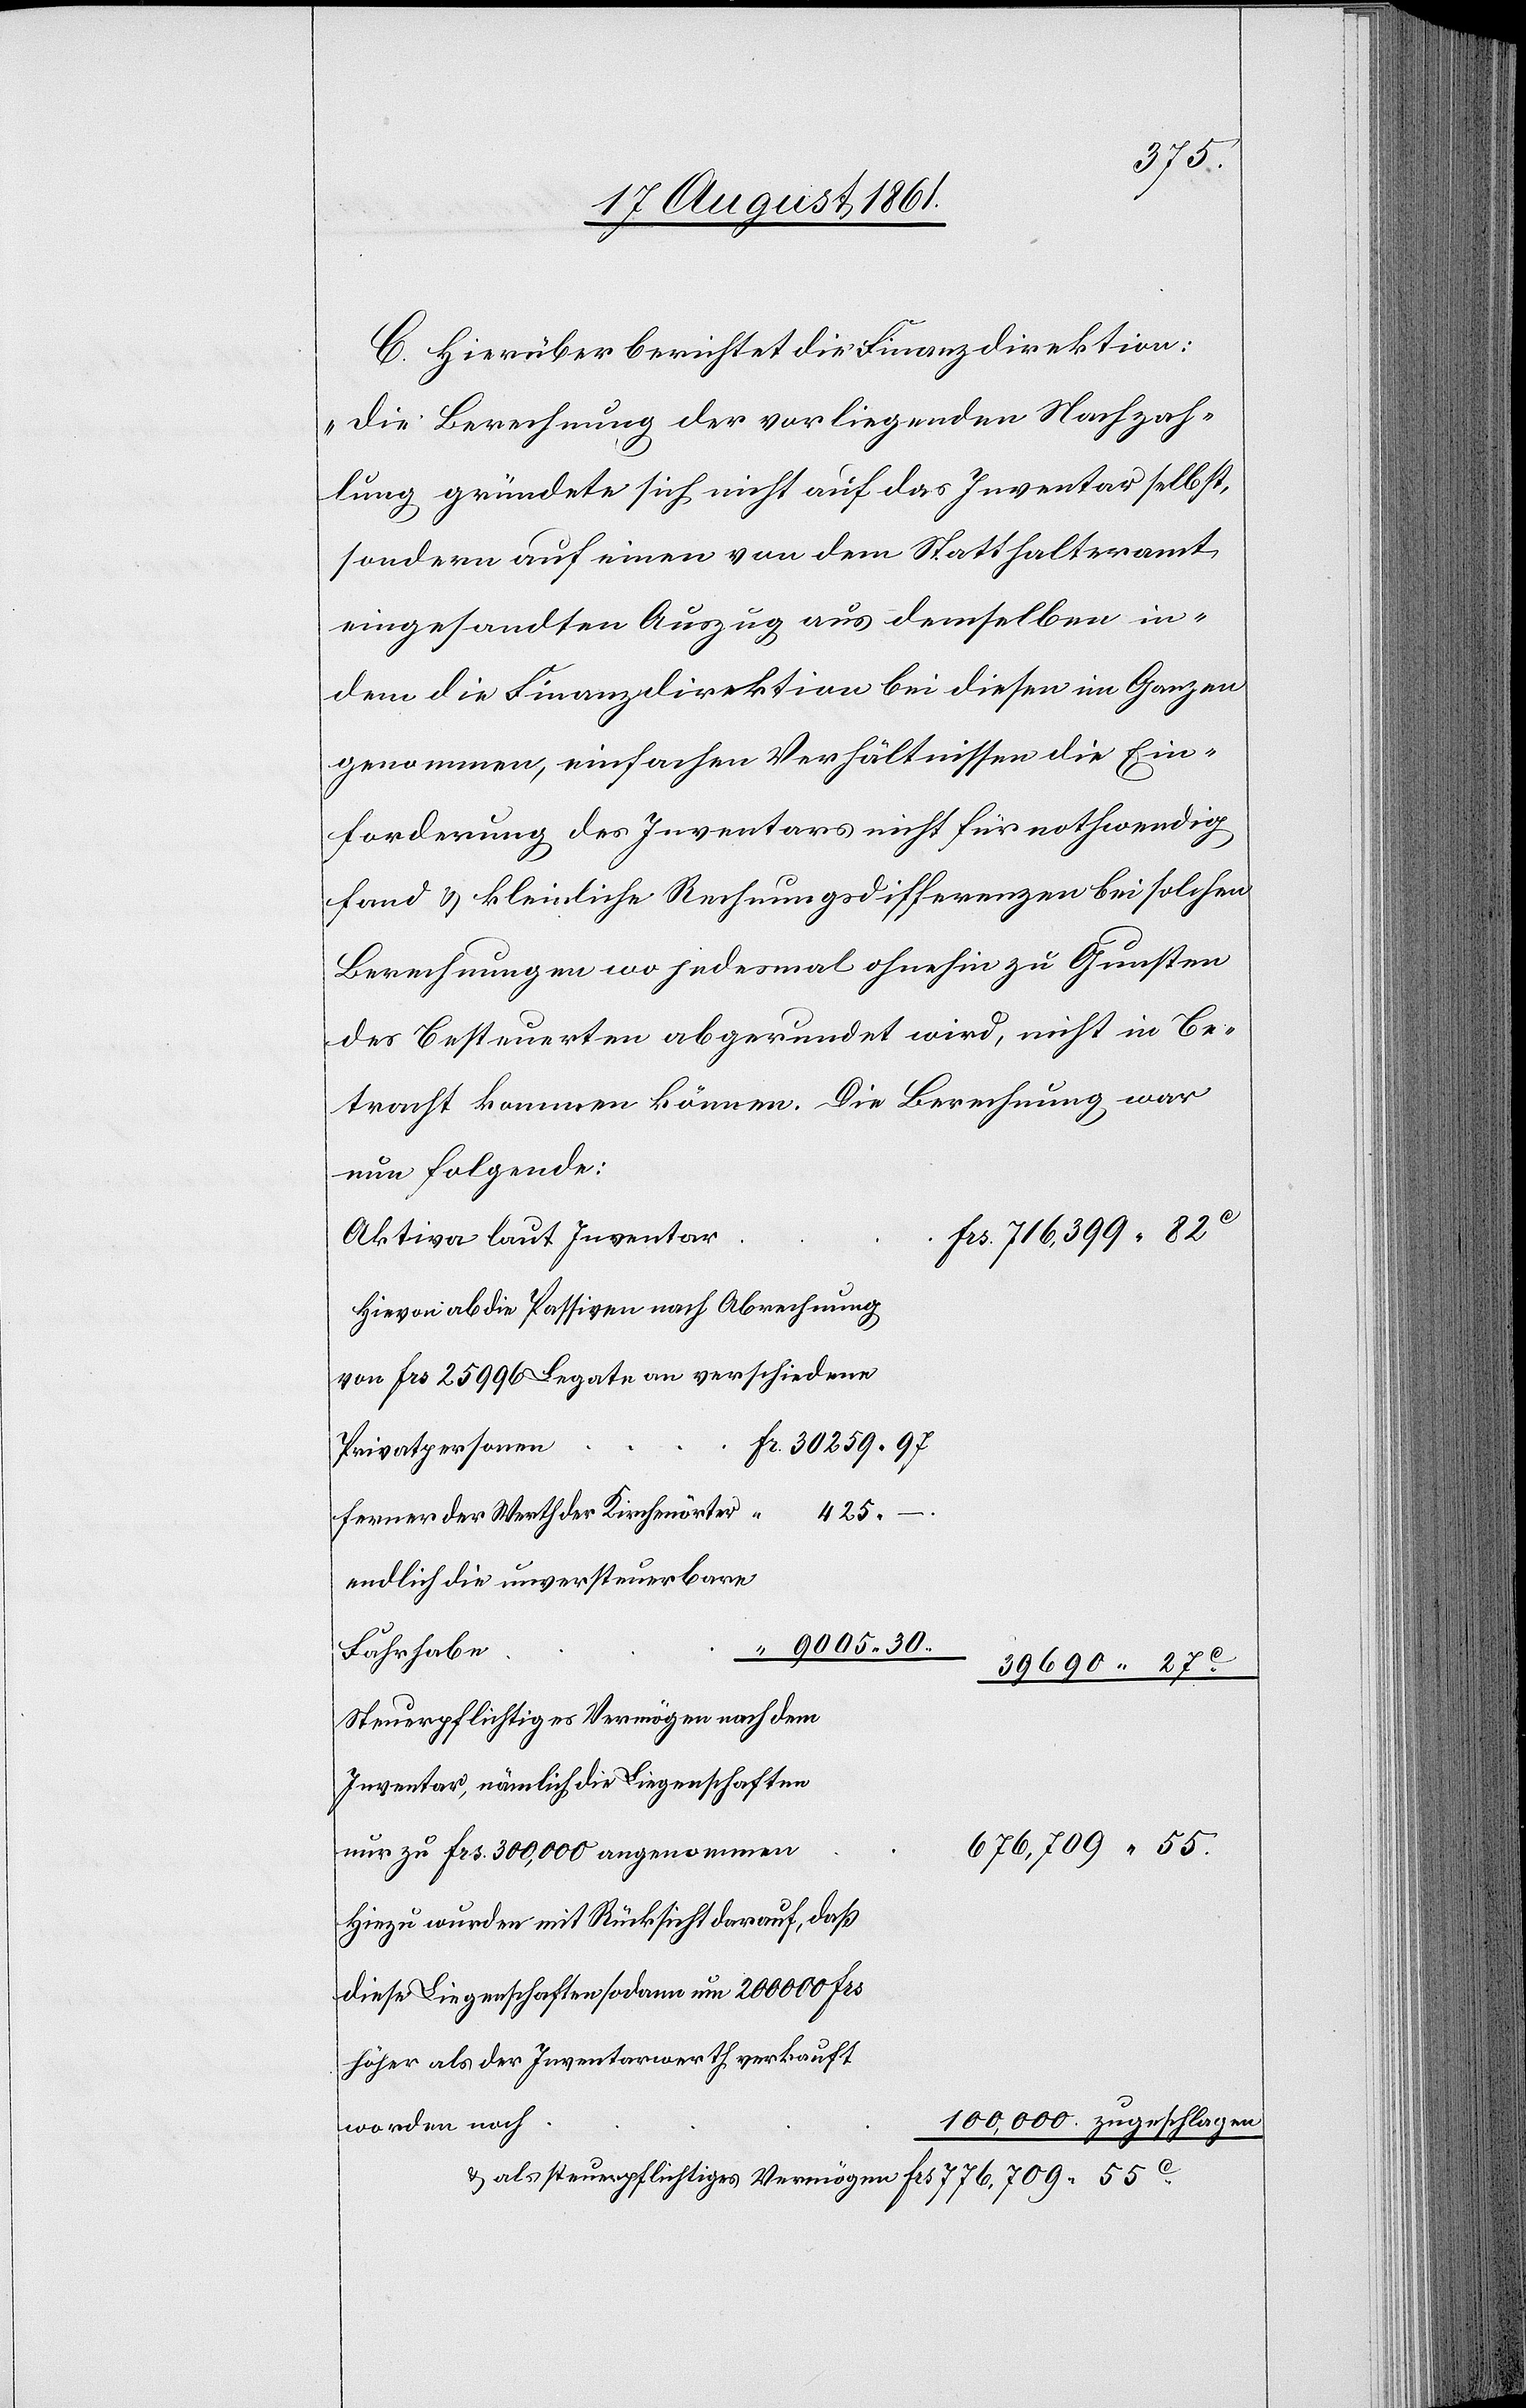
C. Hierüber berichtet die Finanzdirektion:
„Die Berechnung der vorliegenden Nachzah¬
lung gründete sich nicht auf das Inventar selbst,
sondern auf einen von dem Statthalteramt
eingesandten Auszug aus demselben in
dem die Finanzdirektion bei diesen im Ganzen
genommen, einfachen Verhältnissen die Ein¬
forderung des Inventars nicht für nothwendig
fand u. kleinliche Rechnungsdifferenzen bei solchen
Berechnungen wo jedesmal ohnehin zu Gunsten
der Besteuerten abgerundet wird, nicht in Be¬
tracht kommen können. Die Berechnung war
nun folgende:
716,399.82c
Hievon ab die Passiven nach Abrechnung
frs 25996 Legate an verschiedene
Fr. 30259.97
Privatpersonen
ferner der Werth der Kirchenörter
endlich die unversteuerbare
9005.30
39690.27c
Steuerpflichtiges Vermögen nach dem
Hiezu wurden mit Rücksicht darauf, daß
Liegenschaften sodann um 200000 frs
u. als steuerpflichtiges Vermögen 						frs 776,709.55c